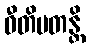
ဝီတိပတန္တိ